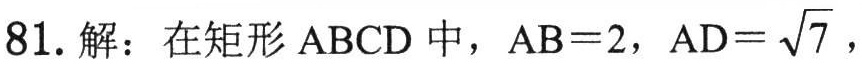
81. 解：在矩形 \(ABCD\) 中，\(AB = 2\)，\(AD=\sqrt{7}\)，